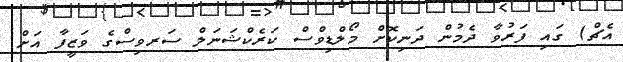
އެޗް) ގައި ފަރުވާ ދެމުން ދަނިކޮށް މޯލްޑިވްސް ކަރެކްޝަނަލް ސަރވިސްގެ ވަޒީފާ އަށް